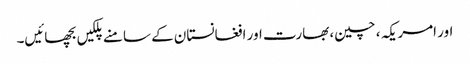
اور امریکہ ، چین، بھارت اور افغانستان کے سامنے پلکیں بچھائیں۔